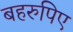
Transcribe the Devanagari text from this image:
बहरुपिए